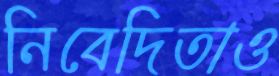
নিবেদিতাও